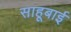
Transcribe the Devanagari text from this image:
साहूबाई